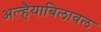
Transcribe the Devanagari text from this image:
अल्हैयाबिलावल